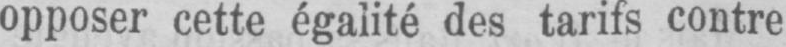
opposer cette égalité des tarifs contre